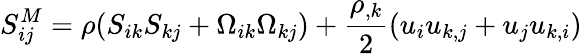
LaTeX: S_{ij}^{M}=\rho(S_{ik}S_{kj}+\Omega_{ik}\Omega_{kj})+\frac{\rho_{,k}}{2}(u_{i}u_{k,j}+u_{j}u_{k,i})